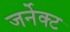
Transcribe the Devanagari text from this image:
जर्नेक्ट